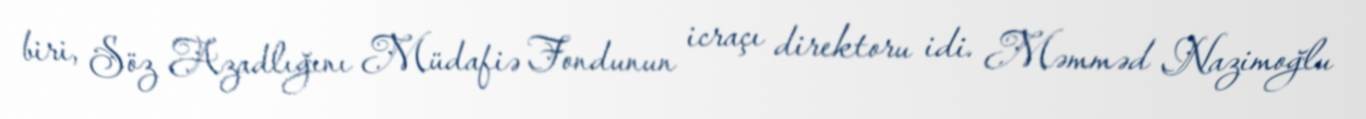
biri, Söz Azadlığını Müdafiə Fondunun icraçı direktoru idi. Məmməd Nazimoğlu